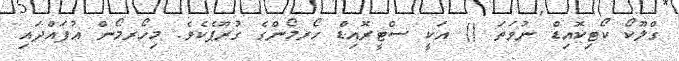
ގްލޫކޯ ކޯޓިކޮއިޑް ނުވަތަ () އަކީ ސްޓީރޮއިޑް ހޯރމޯންގެ ގުރޫޕެކެވެ. މިހޯރމޯން އުފައްދައި